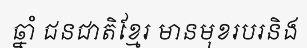
ឆ្នាំ ជនជាតិខ្មែរ មានមុខរបរនិង